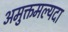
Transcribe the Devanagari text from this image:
अमुक्तमल्यदा